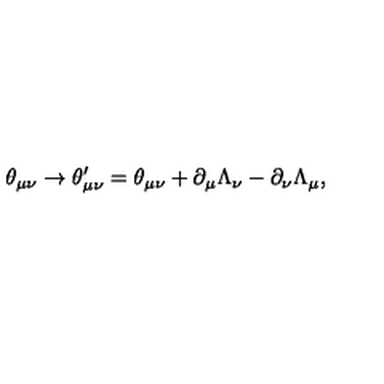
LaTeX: \theta _ { \mu \nu } \rightarrow \theta _ { \mu \nu } ^ { \prime } = \theta _ { \mu \nu } + \partial _ { \mu } \Lambda _ { \nu } - \partial _ { \nu } \Lambda _ { \mu } ,